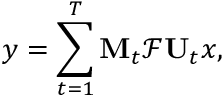
y = \sum _ { t = 1 } ^ { T } \mathbf { M } _ { t } \mathcal { F } \mathbf { U } _ { t } x ,